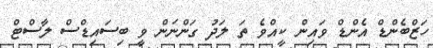
ހަޒްބެންޑް އެންޑް ވައިން ކީއްވެ ތަ ލަދު ގަންނަން ވީ ބިސައިޑްސް ލާސްޓް